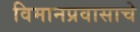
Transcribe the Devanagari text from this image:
विमानप्रवासाचे